Report on the Civil Veterinary Department, Eastern Bengal and Assam - 1907-1911
Year: 1907
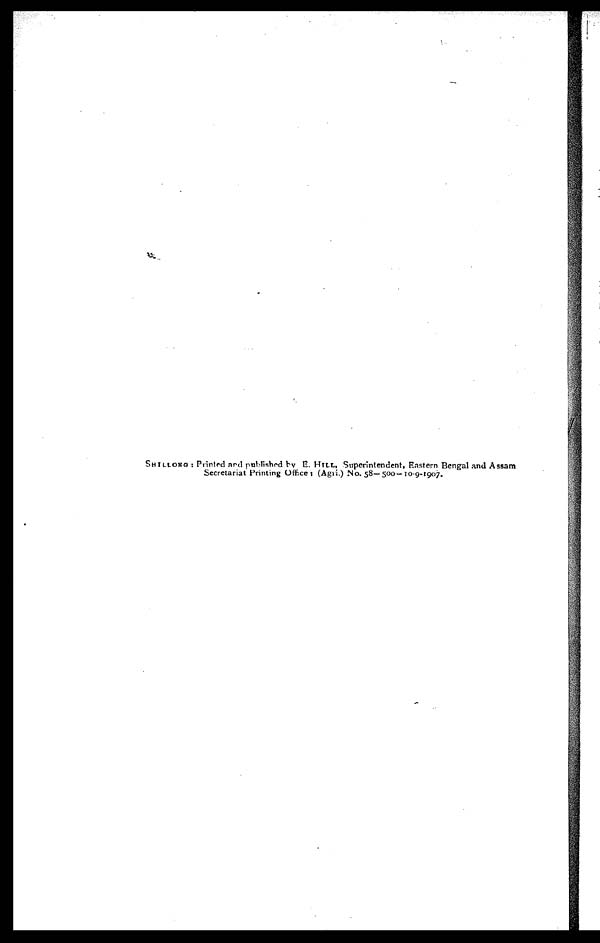
SHILLONG : Printed and published by E. HTLI., Superintendent, Eastern Bengal and Assam
Secretariat Printing Office (Agii.) No. 58— 500—10-9-1907.